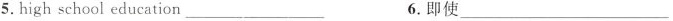
5.high school education___ 6.即使___